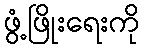
ဖွံ့ဖြိုးရေးကို